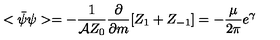
< \bar { \psi } \psi > = - \frac { 1 } { { \cal A } Z _ { 0 } } \frac { \partial } { \partial m } [ Z _ { 1 } + Z _ { - 1 } ] = - \frac { \mu } { 2 \pi } e ^ { \gamma }